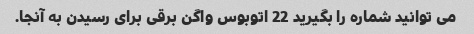
می توانید شماره را بگیرید 22 اتوبوس واگن برقی برای رسیدن به آنجا.